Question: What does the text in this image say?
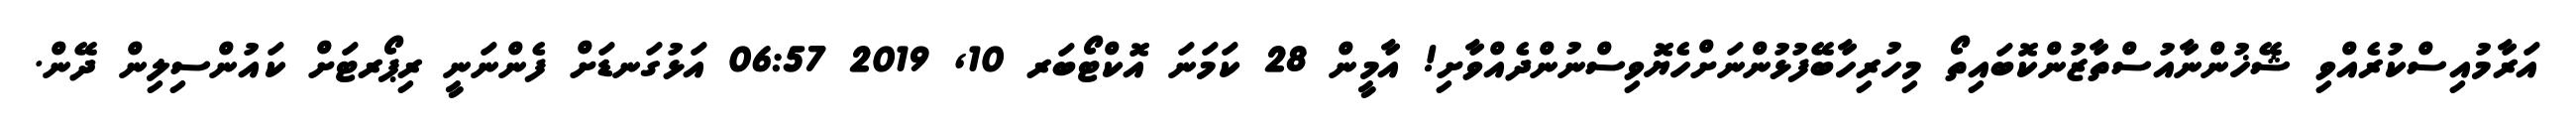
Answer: އަރާމުއިސްކުރެއްވި ޝޭޚުންނާއުސްތާޒުންކޮބައިތޯ މިހުރިހާބޭފުޅުންނަށްހެޔޮވިސްނުންދެއްވާށި! އާމީން 28 ކަމަނަ އޮކްޓޯބަރ 10, 2019 06:57 އަޅުގަނޑަށް ފެންނަނީ ރިޕޯރޓަށް ކައުންސިލިން ދޭން.